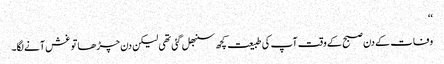
‘‘
وفات کے دن صبح کے وقت آپ کی طبیعت کچھ سنبھل گئی تھی لیکن دن چڑھا تو غش آنے لگا۔